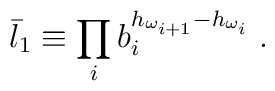
\bar l_1 \equiv \prod_i b_i^{h_{\omega_{i+1}}-h_{\omega_{i}}} \;.